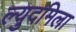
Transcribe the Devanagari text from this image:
ल्युदमिला